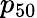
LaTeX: p_{50}